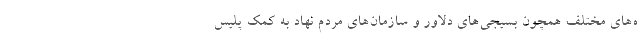
‌ه‌های مختلف همچون بسیجی‌های دلاور و سازمان‌های مردم نهاد به کمک پلیس